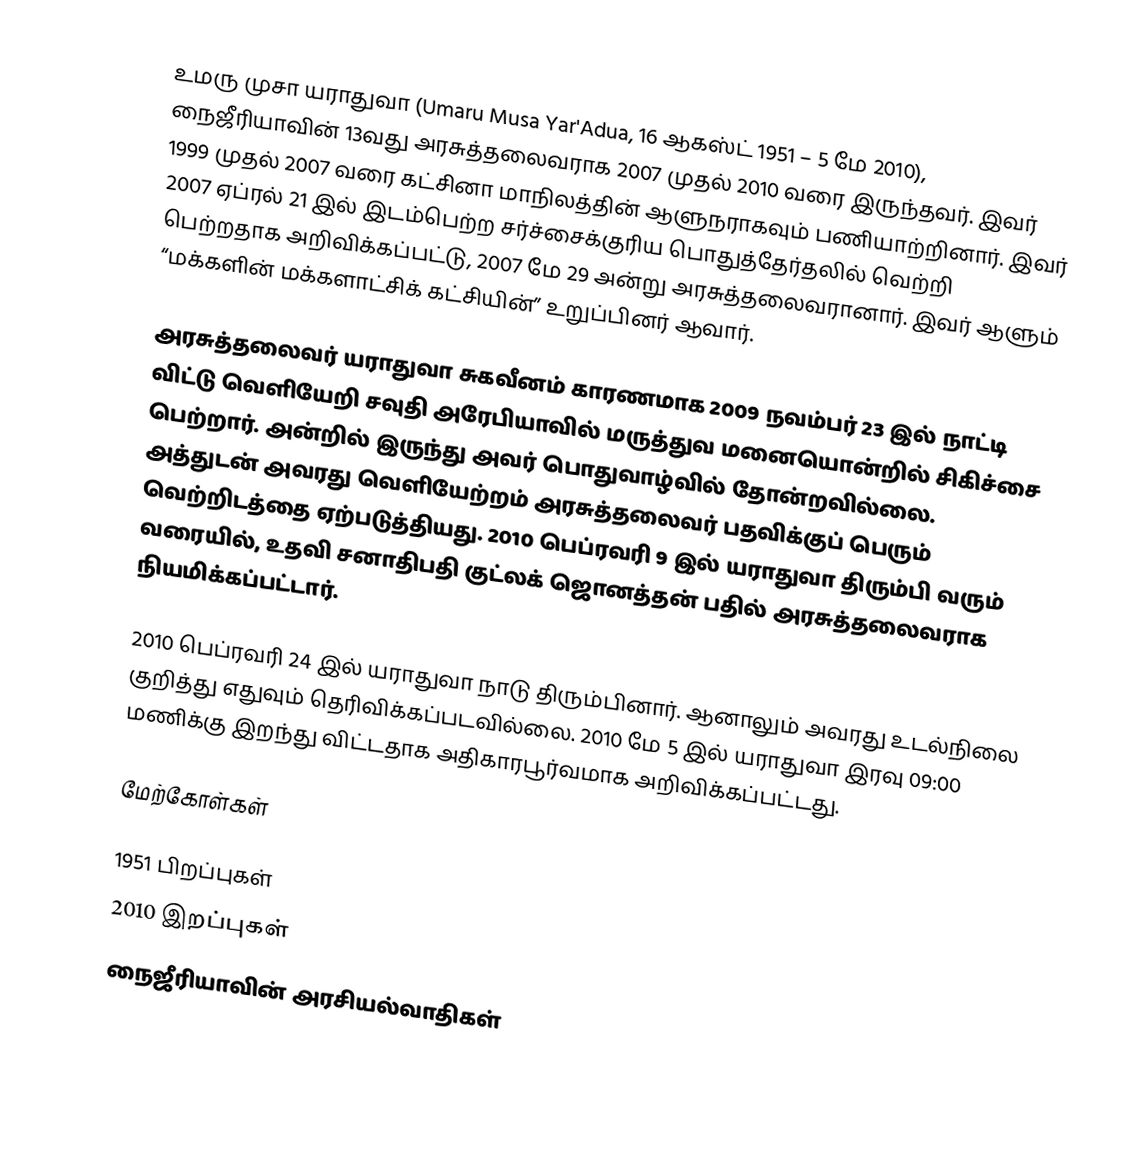
உமரு முசா யராதுவா (Umaru Musa Yar'Adua, 16 ஆகஸ்ட் 1951 – 5 மே 2010), நைஜீரியாவின் 13வது அரசுத்தலைவராக 2007 முதல் 2010 வரை இருந்தவர். இவர் 1999 முதல் 2007 வரை கட்சினா மாநிலத்தின் ஆளுநராகவும் பணியாற்றினார். இவர் 2007 ஏப்ரல் 21 இல் இடம்பெற்ற சர்ச்சைக்குரிய பொதுத்தேர்தலில் வெற்றி பெற்றதாக அறிவிக்கப்பட்டு, 2007 மே 29 அன்று அரசுத்தலைவரானார். இவர் ஆளும் “மக்களின் மக்களாட்சிக் கட்சியின்” உறுப்பினர் ஆவார்.

அரசுத்தலைவர் யராதுவா சுகவீனம் காரணமாக 2009 நவம்பர் 23 இல் நாட்டி விட்டு வெளியேறி சவுதி அரேபியாவில் மருத்துவ மனையொன்றில் சிகிச்சை பெற்றார். அன்றில் இருந்து அவர் பொதுவாழ்வில் தோன்றவில்லை. அத்துடன் அவரது வெளியேற்றம் அரசுத்தலைவர் பதவிக்குப் பெரும் வெற்றிடத்தை ஏற்படுத்தியது. 2010 பெப்ரவரி 9 இல் யராதுவா திரும்பி வரும் வரையில், உதவி சனாதிபதி குட்லக் ஜொனத்தன் பதில் அரசுத்தலைவராக நியமிக்கப்பட்டார்.

2010 பெப்ரவரி 24 இல் யராதுவா நாடு திரும்பினார். ஆனாலும் அவரது உடல்நிலை குறித்து எதுவும் தெரிவிக்கப்படவில்லை. 2010 மே 5 இல் யராதுவா இரவு 09:00 மணிக்கு இறந்து விட்டதாக அதிகாரபூர்வமாக அறிவிக்கப்பட்டது.

மேற்கோள்கள்

1951 பிறப்புகள்
2010 இறப்புகள்
நைஜீரியாவின் அரசியல்வாதிகள்